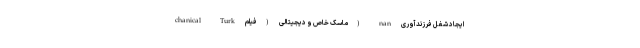
chanical Turk ماسک خاص و دیجیتالی (فیلم) nan ایجادِ شغلِ فرزندآوری